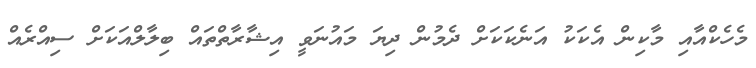
މެހެކްއާއި މާކިން އެކަކު އަނެކަކަށް ދެމުން ދިޔަ މައުނަވީ އިޝާރާތްތައް ބިލާލްއަކަށް ސިއްރެއް